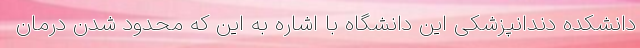
دانشکده دندانپزشکی این دانشگاه با اشاره به این که محدود شدن درمان